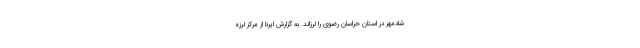
شادمهر در استان خراسان رضوی را لرزاند. به گزارش ایرنا از مرکز لرزه